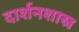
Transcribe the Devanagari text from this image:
दार्शनशास्र